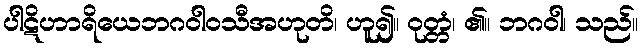
ပါဋိဟာရိယေဘဂဝါဝသီအဟုတိ၊ ဟူ၍။ ဝုတ္တံ၊ ၏။ ဘဂဝါ၊ သည်။